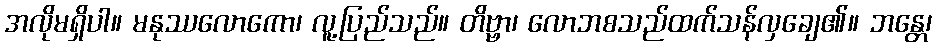
အလိုမရှိပါ။ မနုဿလောကော၊ လူ့ပြည်သည်။ တိဗ္ဗာ၊ လောဘစသည်ထက်သန်လှချေ၏။ ဘန္တေ၊